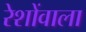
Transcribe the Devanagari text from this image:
रेशोंवाला